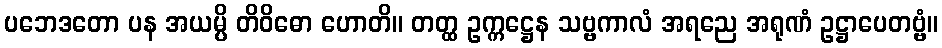
ပဘေဒတော ပန အယမ္ပိ တိဝိဓော ဟောတိ။ တတ္ထ ဥက္ကဋ္ဌေန သဗ္ဗကာလံ အရညေ အရုဏံ ဥဋ္ဌာပေတဗ္ဗံ။